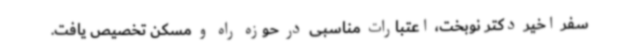
سفر اخیر دکتر نوبخت، اعتبارات مناسبی در حوزه راه و مسکن تخصیص یافت.